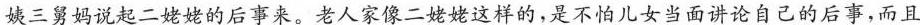
姨三舅妈说起二姥姥的后事来。老人家像二姥姥这样的，是不怕儿女当面讲论自己的后事，而且